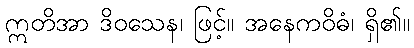
ဣတိအာ ဒိဝသေန၊ ဖြင့်။ အနေကဝိဓံ၊ ရှိ၏။